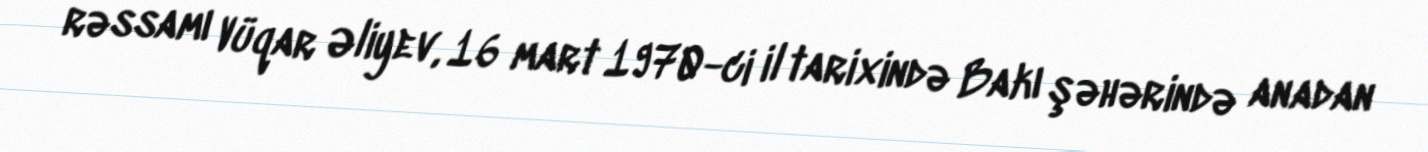
rəssamı Vüqar Əliyev, 16 mart 1970-ci il tarixində Bakı şəhərində anadan